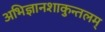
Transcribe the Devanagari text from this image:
अभिज्ञानशाकुन्तलम्‌